Report on sanitation, dispensaries, and jails in Rajputana for 1913, and on vaccination for the year 1913-1914 - 1913-1914
Year: 1913
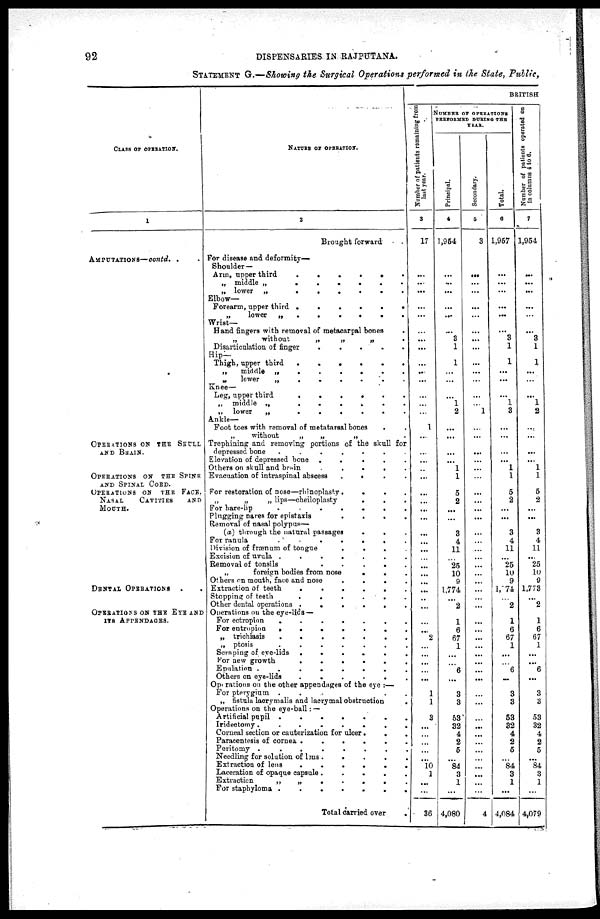
92
DISPENSARIES IN RAJPUTANA.
STATEMENT G.—Showing the Surgical Operations performed in the State, Public,
CLASS OF OPERATION.
1
AMPUTATIONS— contd. .
OPERATIONS ON THE SKULL
AND BRAIN.
OPERATIONS ON THE SPINE
AND SPINAL CORD.
OPERATIONS ON THE FACE.
NASAL
CAVITIES
AND
MOUTH.
DENTAL OPERATIONS . .
OPERATIONS ON THE EYE AND
ITS APPENDAGES.
NATURE OF OPERATION.
2
Brought forward . .
For disease and deformity—
Shoulder—
Arm, upper third . . . . .
.
„ middle „
.
.
.
.
.
.
.
„ lower „
.
.
.
.
.
.
.
.
Elbow—
Forearm, upper third
.
.
.
.
.
.
.
„
lower
„
.
.
.
.
.
Wrist—
Hand fingers with removal of metacarpal bones .
„
without
„
„
„ .
Disarticulation of
finger
.
.
.
.
.
Hip—
Thigh, upper third
.
.
.
.
.
„
middl
„
.
.
.
.
.
.
„
lower
„
.
.
.
.
.
.
Knee—
Leg, upper third
.
.
.
.
.
.
„ middle „
.
.
.
.
.
.
.
„
lower
„
.
.
.
.
.
.
.
Ankle—
Foot toes with removal of metatarsal bones
„
without
„
„
„ .
Trephining and removing portions of the skull for
depressed bone
.
.
.
.
.
.
.
Elevation of depressed bone
.
.
.
.
.
.
.
Others on skull and brain . . . . . . . .
Evacuation of intraspinal abscess . . . . . .
For restoration of nose—rhinoplasty . . . .
„
„
„ lips—cheiloplasty
.
.
.
.
For hare-lip
.
.
.
.
.
Plugging nares for epistaxis
.
.
.
.
.
.
Removal of nasal polypus—
(a) through the natural passages . . .
For ranula
.
.
.
.
.
.
Division of frænum of tongue
.
.
.
.
Excision of uvula
.
.
.
.
.
.
Removal of tonsils
.
.
.
.
.
.
„
foreign bodies from nose . . . .
Others on month, face and nose
.
.
.
.
.
.
Extraction of teeth
.
.
.
.
.
.
.
Stopping of teeth
.
.
.
.
.
.
Other dental operations
.
.
.
.
.
Operations on the eye-lids —
For ectropion
.
.
.
.
.
.
.
For entropion
.
.
.
.
.
.
.
„ trichiasis
.
.
.
.
.
.
„ ptosis
.
.
.
.
.
.
Scraping of eye-lids
.
.
.
.
.
.
For new growth
.
.
.
.
.
.
Epulation
.
.
.
.
.
.
Others on eye-lids
.
.
.
.
.
.
Operations on the other appendages of the eye :—
For pterygium
.
.
.
.
.
.
„ fistula lacrymalis and lacrymal obstruction
.
Operations on the eye-ball: —
Artificial pupil
.
.
.
.
.
.
Iridectomy
.
.
.
.
.
.
.
Corneal section or cauterization for ulcer . . .
Paracentesis of cornea
.
.
.
.
Peritomy
.
.
.
.
.
Needling for solution of lens . . .
Extraction of lens
.
.
.
.
.
Laceration of opaque capsule . . . . .
Extraction
„
„
.
.
.
.
.
For staphyloma
.
.
.
.
.
Total carried over .
BRITISH
Number of patients remaining from
last year.
3
17
...
...
...
...
...
...
...
...
...
...
...
...
...
...
1
...
...
...
...
...
...
...
...
...
...
...
...
...
...
...
...
...
...
...
...
...
2
...
...
...
...
...
1
1
3
...
...
...
...
...
10
1
...
...
36
NUMBER OF OPERATIONS
PERFORMED DURING THE
YEAR.
Principal.
4
1,954
...
...
...
...
...
...
3
1
1
...
...
...
1
2
...
...
...
...
1
1
5
2
...
...
3
4
11
...
25
10
9
1,774
...
2
1
6
67
1
...
...
6
...
3
3
53
32
4
2
5
...
84
3
1
...
4,080
Secondary.
5
3
...
...
...
...
...
...
...
...
...
...
...
...
...
1
...
...
...
...
...
...
...
...
...
...
...
... ...
...
...
...
...
...
...
...
...
...
...
...
...
...
...
...
...
...
...
...
...
...
...
...
...
...
...
...
4
Total.
6
1,957
...
...
...
...
...
...
3
1
1
...
...
...
1
3
...
...
...
...
1
1
5
2
...
...
3
4
11
...
25
10
9
1,774
...
2
1
6
67
1
...
...
6
...
3
3
53
32
4
2
5
...
84
3
1
...
4,084
Number of patients operated on
in columns 4 to 6.
7
1,954
...
...
...
...
...
...
3
1
1
...
...
...
1
2
...
...
...
...
1
1
5
2
...
...
3
4
11
...
25
10
9
1,773
...
2
1
6
67
1
...
...
6
...
3
3
53
32
4
2
5
...
84
3
1
...
4,079